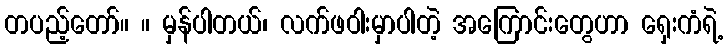
တပည့်တော်။ ။ မှန်ပါတယ်၊ လက်ဖဝါးမှာပါတဲ့ အကြောင်းတွေဟာ ရှေးကံရဲ့